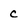
Character: C